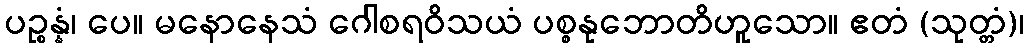
ပဉ္စန္နံ၊ ပေ။ မနောနေသံ ဂေါစရဝိသယံ ပစ္စနုဘောတိဟူသော။ ဧတံ (သုတ္တံ)၊